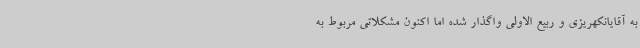
به آقایانکهریزی و ربیع الاولی واگذار شده اما اکنون مشکلاتی مربوط به